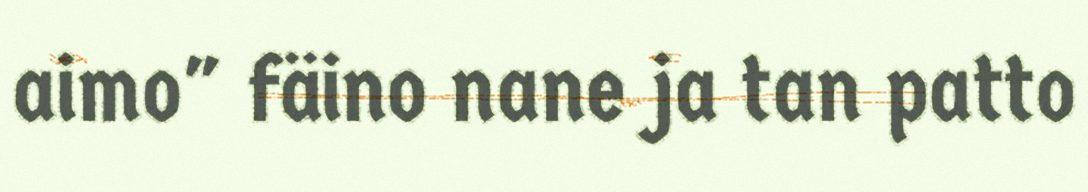
aimo" fäino nane ja tan patto